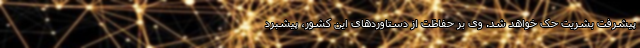
پیشرفت بشریت حک خواهد شد. وی بر حفاظت از دستاوردهای این کشور، پیشبرد